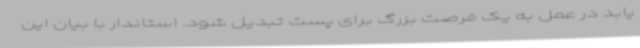
یابد در عمل به یک فرصت بزرگ برای پست تبدیل شود. استاندار با بیان این